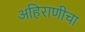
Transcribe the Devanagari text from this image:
अहिराणीचा